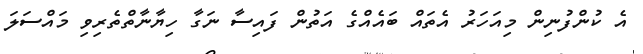
އެ ކުންފުނިން މިއަހަރު އެތައް ބައެއްގެ އަތުން ފައިސާ ނަގާ ހިޔާނާތްތެރިވި މައްސަލަ